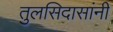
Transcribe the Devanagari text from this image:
तुलसिदासांनी